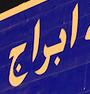
ابراج